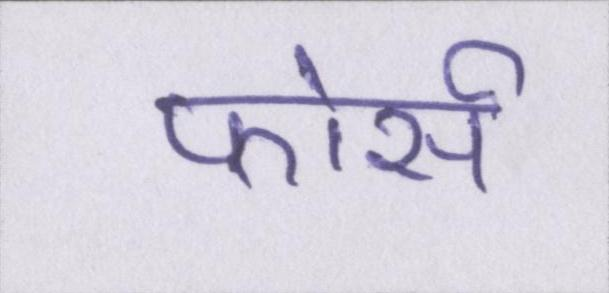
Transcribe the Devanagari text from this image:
फोर्स